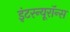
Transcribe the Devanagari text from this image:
इंटरन्यूरॉन्स